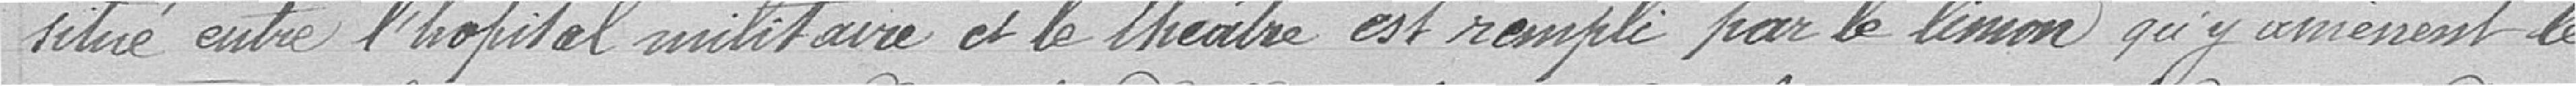
situé entre l'hôpital militaire et le théâtre est rempli par le limon qu'y amènent les